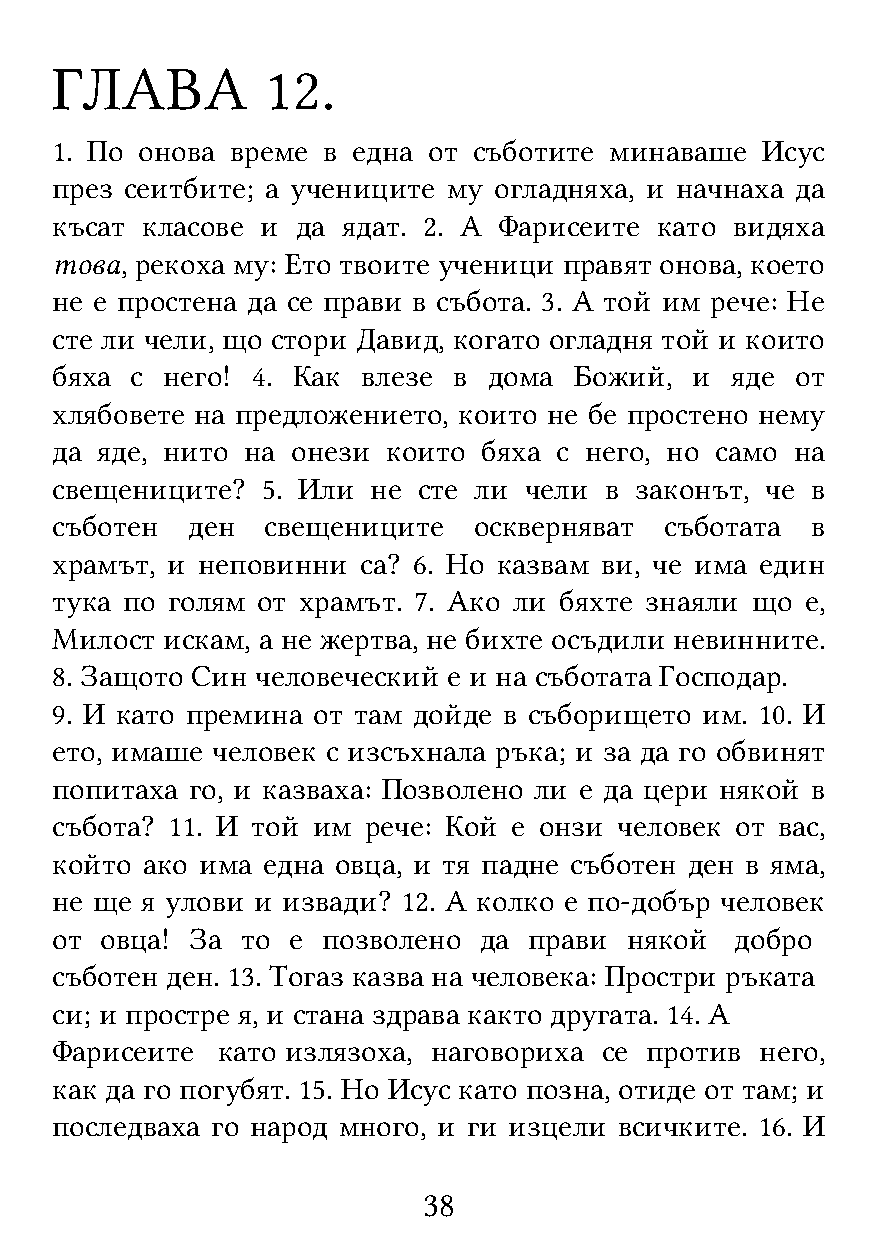
ГЛАВА          12.
 1. По онова време в една от съботите минаваше  Исус
 през сеитбите; а учениците му огладняха, и начнаха да
 късат класове и  да ядат. 2. А Фарисеите като видяха
 това, рекоха му: Ето твоите ученици правят онова, което
 не е простена да се прави в събота. 3. А той им рече: Не
 сте ли чели, що стори Давид, когато огладня той и които
 бяха  с него! 4. Как влезе в дома  Божий,  и яде  от
 хлябовете на предложението, които не бе простено нему
 да яде, нито на онези  които бяха с него, но само на
 свещениците?  5. Или  не сте ли чели в законът, че в
 съботен  ден   свещениците  оскверняват  съботата  в
 храмът, и неповинни  са? 6. Но казвам ви, че има един
 тука по голям от храмът. 7. Ако ли бяхте знаяли що е,
 Милост  искам, а не жертва, не бихте осъдили невинните.
 8. Защото Син человеческий е и на съботата Господар.
 9. И като премина от там дойде в съборището им. 10. И
 ето, имаше человек с изсъхнала ръка; и за да го обвинят
 попитаха го, и казваха: Позволено ли е да цери някой в
 събота? 11. И той им рече: Кой е онзи человек от вас,
 който ако има една овца, и тя падне съботен ден в яма,
 не ще я улови и извади? 12. А колко е по-добър человек
 от  овца! За то е позволено  да прави някой   добро
 съботен ден. 13. Тогаз казва на человека: Простри ръката
 си; и простре я, и стана здрава както другата. 14. А
 Фарисеите  като излязоха, наговориха се против него,
 как да го погубят. 15. Но Исус като позна, отиде от там; и
 последваха го народ много, и ги изцели всичките. 16. И
 38